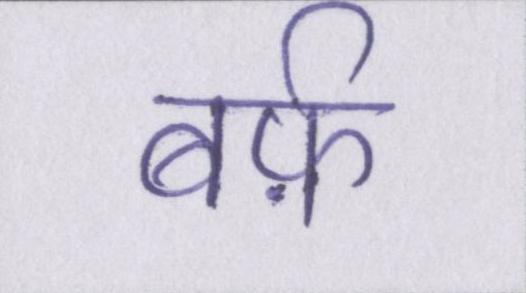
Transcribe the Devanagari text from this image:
बर्फ़